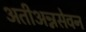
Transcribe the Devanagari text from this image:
अतीअन्नसेवन